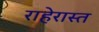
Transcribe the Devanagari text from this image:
राहेरास्त